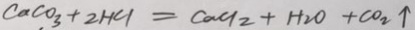
C a C O _ { 3 } + 2 H C l = C a C l _ { 2 } + H _ { 2 } O + C O _ { 2 } \uparrow